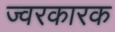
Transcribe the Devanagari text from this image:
ज्‍वरकारक